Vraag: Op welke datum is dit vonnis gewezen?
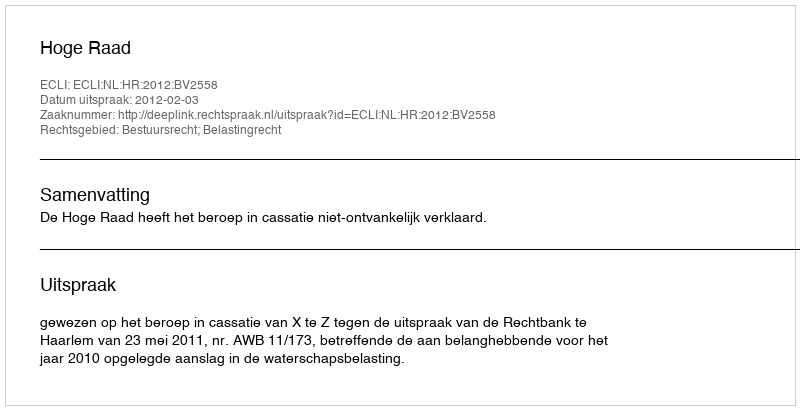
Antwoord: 2012-02-03